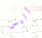
أليس